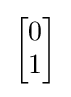
{\begin{bmatrix}0\\1\end{bmatrix}}